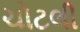
ચોટલી